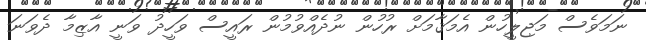
ނަމަވެސް މަޖިލީހުން އެމަޤާމަށް ރުހުން ނުދެއްވުމުން ރައީސް ވަހީދު ވަނީ އާޒިމާ ދެވަނަ